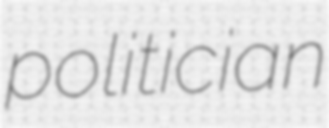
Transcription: politician